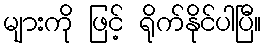
များကို ဖြင့် ရိုက်နိုင်ပါပြီ။